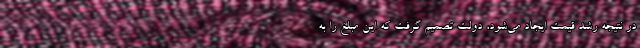
در نتیجه رشد قیمت ایجاد می‌شود، دولت تصمیم گرفت که این مبلغ را به